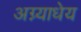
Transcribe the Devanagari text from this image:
अग्न्याधेय